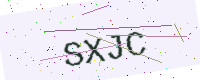
Text: SXJC